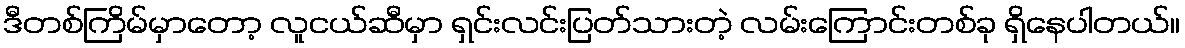
ဒီတစ်ကြိမ်မှာတော့ လူငယ်ဆီမှာ ရှင်းလင်းပြတ်သားတဲ့ လမ်းကြောင်းတစ်ခု ရှိနေပါတယ်။